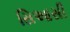
સિઆસી